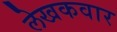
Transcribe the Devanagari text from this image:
लेखकवार